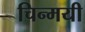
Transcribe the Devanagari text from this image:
चिन्मयी